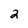
Character: 2